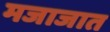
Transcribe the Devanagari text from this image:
मजाजात